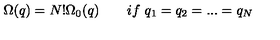
\Omega ( q ) = N ! \Omega _ { 0 } ( q ) \qquad i f \ q _ { 1 } = q _ { 2 } = . . . = q _ { N }